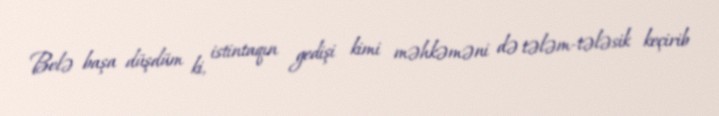
Belə başa düşdüm ki, istintaqın gedişi kimi məhkəməni də tələm-tələsik keçirib